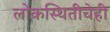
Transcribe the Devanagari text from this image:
लोकस्थितीचेही